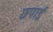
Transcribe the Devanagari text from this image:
छपार्इ